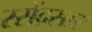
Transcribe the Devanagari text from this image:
रसेंद्रसार